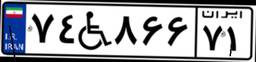
۷۴W۸۶۶۷۱